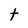
Character: t